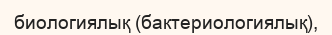
биологиялық (бактериологиялық),